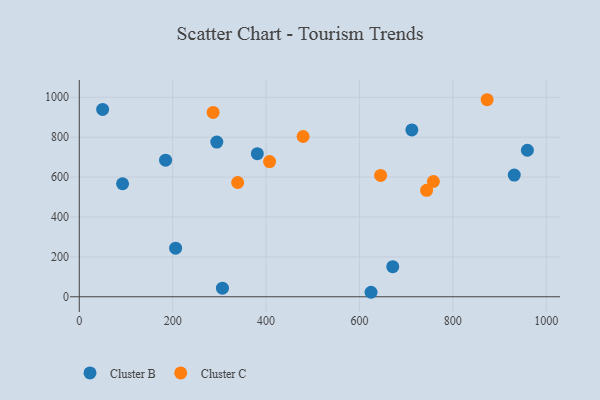
{"axis": {"x": "Ad Spend", "y": "Profit"}, "legend": ["Cluster B", "Cluster C"], "data": [{"x": "712.2", "y": 836.2, "type": "Cluster B"}, {"x": "184.8", "y": 684.5, "type": "Cluster B"}, {"x": "959.6", "y": 734.5, "type": "Cluster B"}, {"x": "294.5", "y": 775.4, "type": "Cluster B"}, {"x": "931.5", "y": 609.9, "type": "Cluster B"}, {"x": "671.3", "y": 150.9, "type": "Cluster B"}, {"x": "50.0", "y": 939.1, "type": "Cluster B"}, {"x": "624.8", "y": 22.6, "type": "Cluster B"}, {"x": "306.6", "y": 43.2, "type": "Cluster B"}, {"x": "381.3", "y": 717.1, "type": "Cluster B"}, {"x": "92.7", "y": 566.6, "type": "Cluster B"}, {"x": "206.3", "y": 243.5, "type": "Cluster B"}, {"x": "873.4", "y": 987.7, "type": "Cluster C"}, {"x": "339.2", "y": 572.8, "type": "Cluster C"}, {"x": "743.8", "y": 533.8, "type": "Cluster C"}, {"x": "479.3", "y": 803.4, "type": "Cluster C"}, {"x": "645.3", "y": 608.5, "type": "Cluster C"}, {"x": "286.6", "y": 924.0, "type": "Cluster C"}, {"x": "758.3", "y": 577.9, "type": "Cluster C"}, {"x": "407.5", "y": 677.6, "type": "Cluster C"}]}